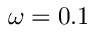
\omega = 0 . 1